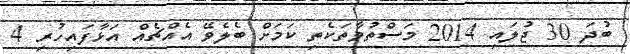
ބުދަ 30 ޖުލައި 2014 މަސްތުވާތަކެތި ކަމަށް ބެލެވޭ އެއްޗެއް އަޅާފައިހުރި 4